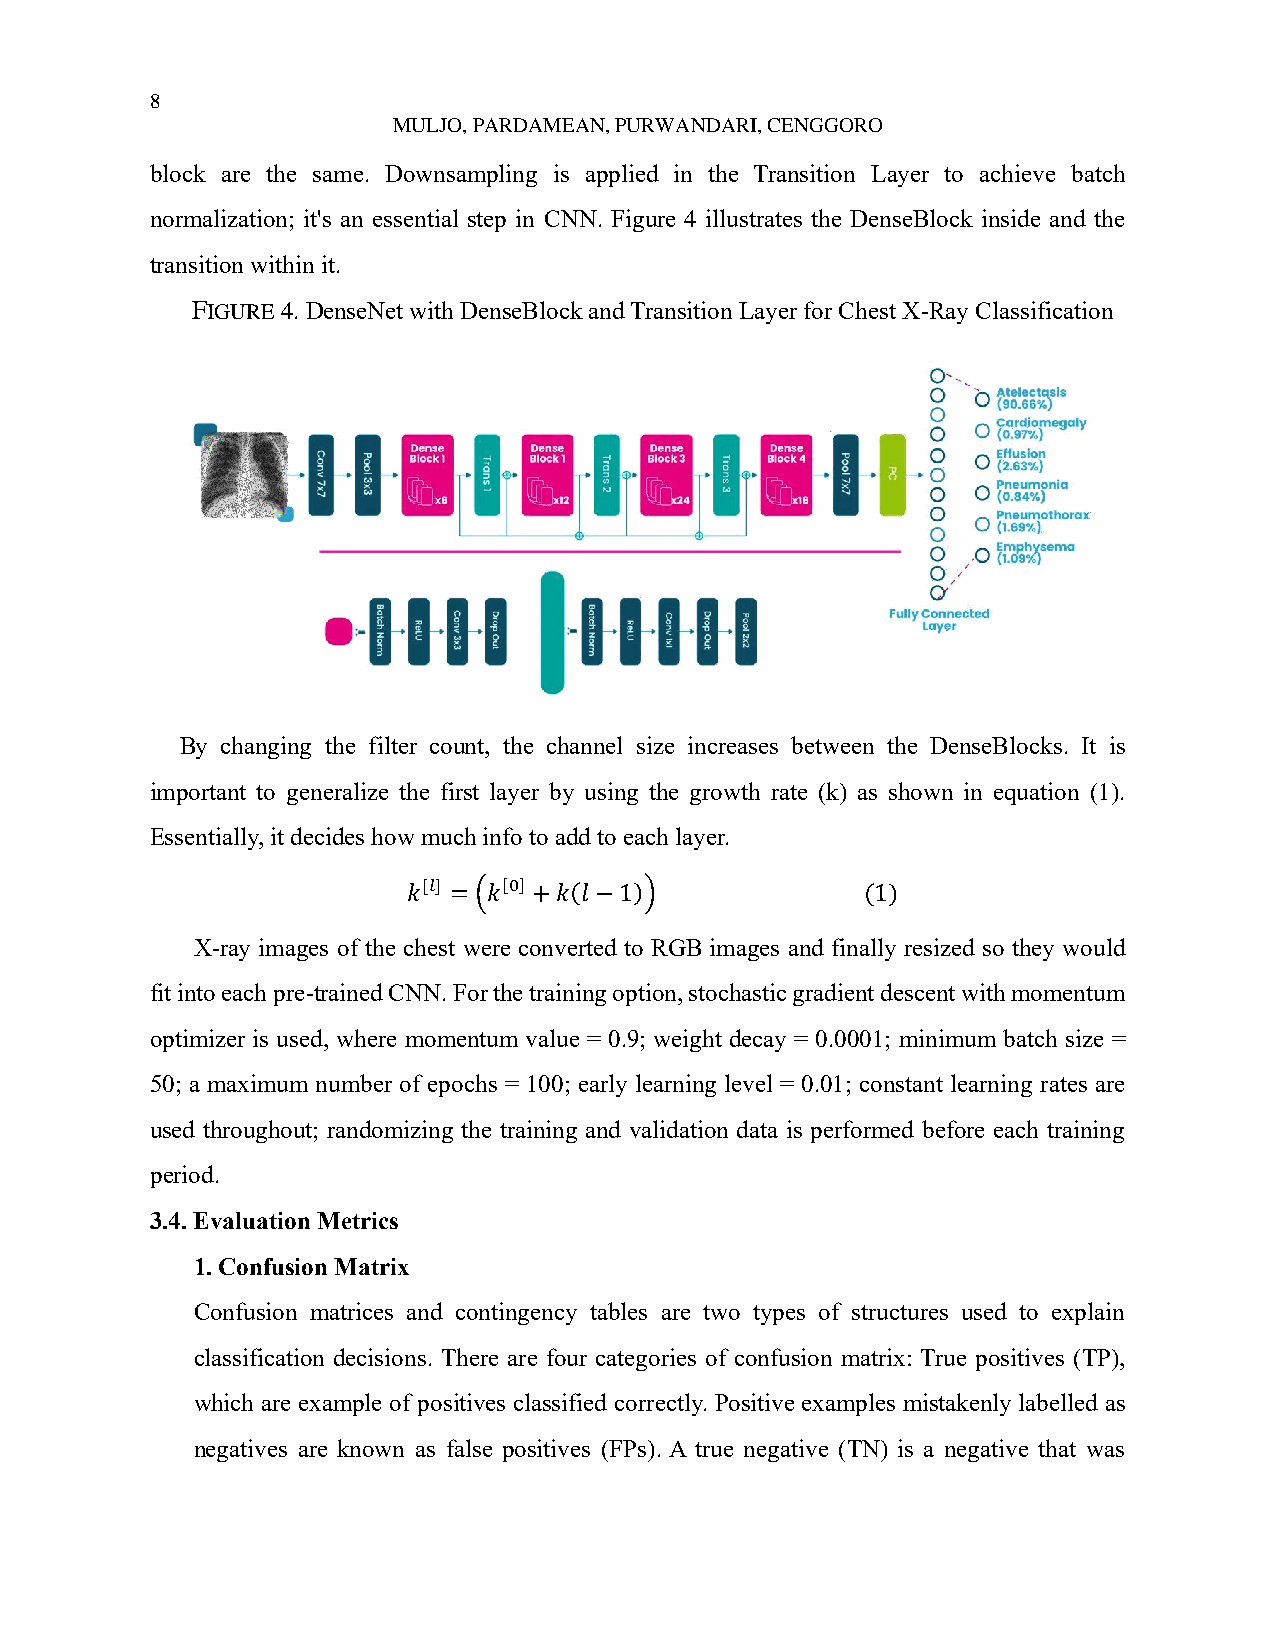
8
 MULJO, PARDAMEAN, PURWANDARI, CENGGORO
 block are the same. Downsampling is applied in the Transition Layer to achieve batch
 normalization; it's an essential step in CNN. Figure 4 illustrates the DenseBlock inside and the
 transition within it.
 FIGURE 4. DenseNet with DenseBlock and Transition Layer for Chest X-Ray Classification
 By changing the filter count, the channel size increases between the DenseBlocks. It is
 important to generalize the first layer by using the growth rate (k) as shown in equation (1).
 Essentially, it decides how much info to add to each layer.
 𝑘[𝑙] = (𝑘[0] +𝑘(𝑙 −1))        (1)
 X-ray images of the chest were converted to RGB images and finally resized so they would
 fit into each pre-trained CNN. For the training option, stochastic gradient descent with momentum
 optimizer is used, where momentum value = 0.9; weight decay = 0.0001; minimum batch size =
 50; a maximum number of epochs = 100; early learning level = 0.01; constant learning rates are
 used throughout; randomizing the training and validation data is performed before each training
 period.
 3.4. Evaluation Metrics
 1. Confusion Matrix
 Confusion matrices and contingency tables are two types of structures used to explain
 classification decisions. There are four categories of confusion matrix: True positives (TP),
 which are example of positives classified correctly. Positive examples mistakenly labelled as
 negatives are known as false positives (FPs). A true negative (TN) is a negative that was